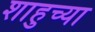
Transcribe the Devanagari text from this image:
शाहुच्या